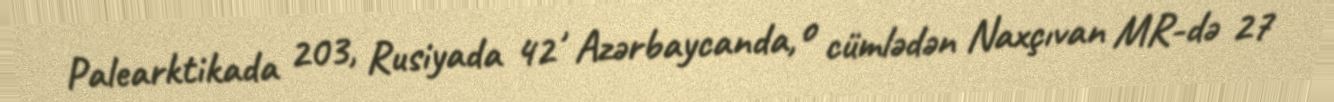
Palearktikada 203, Rusiyada 42 , Azərbaycanda, o cümlədən Naxçıvan MR-də 27